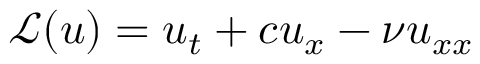
\mathcal { L } ( u ) = u _ { t } + c u _ { x } - \nu u _ { x x }